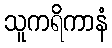
သူကရိကာနံ